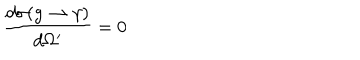
LaTeX: \frac { d \sigma ( g \rightarrow \gamma ) } { d \Omega ^ { \prime } } = 0